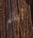
أعلم